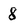
Character: 8